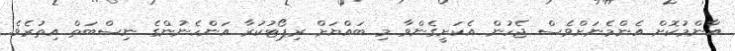
އާންމުކޮށް އެންމެނަށްވެސް ޖެހުން އެކަށީގެންވާ މި ބައްޔަށް ރިޕޯޓުކުރާ އަންހެނުންގެ ނިސްބަތް އިތުރެވެ.